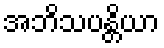
အဘိသပန္တိယာ